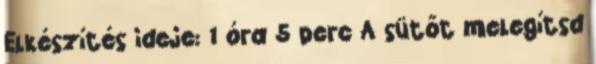
Elkészítés ideje: 1 óra 5 perc A sütőt melegítsd